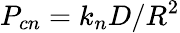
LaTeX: P_{cn}=k_{n}D/R^{2}